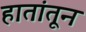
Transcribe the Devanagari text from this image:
हातांतून